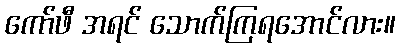
ကော်ဖီ အရင် သောက်ကြရအောင်လား။